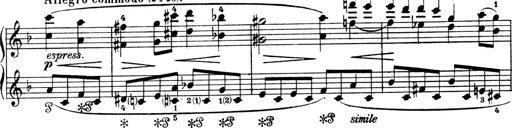
Title: 4 Sonatines
Composer: Max Reger